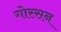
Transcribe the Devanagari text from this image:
गोस्सन